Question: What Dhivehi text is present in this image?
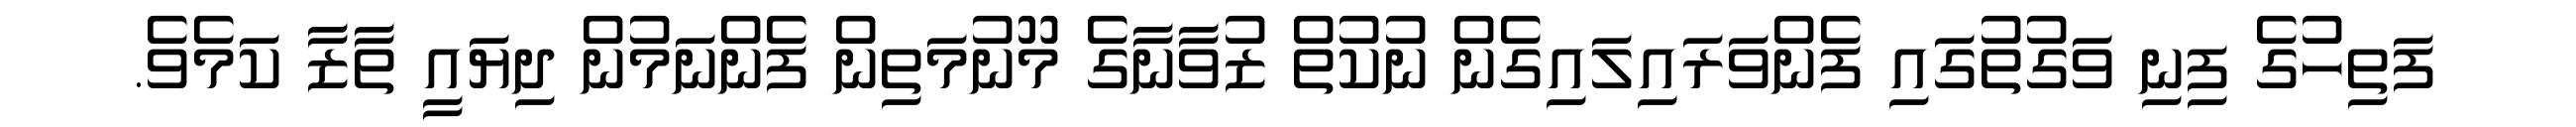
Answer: ފަތިހުގެ ފިނި ވަގުތުގައި ފެންވަރައިލައިގެން ނުކުތް ޒުވާނާގެ މޫނުމަތިން ފެންނަމުން ދިޔައީ ތާޒާ ކަމެވެ.